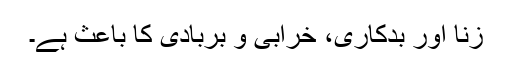
زنا اور بدکاری، خرابی و بربادی کا باعث ہے۔